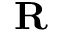
{ \mathbf { R } }